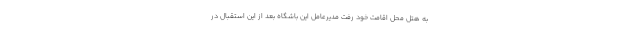
به هتل محل اقامت خود رفت مدیرعامل این باشگاه بعد از این استقبال در